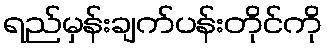
ရည်မှန်းချက်ပန်းတိုင်ကို